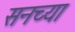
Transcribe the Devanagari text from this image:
सनच्या